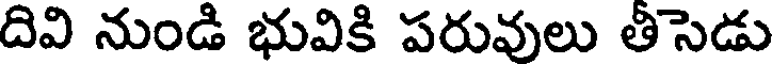
దివి నుండి భువికి పరువులు తీసెడు